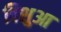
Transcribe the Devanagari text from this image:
विशुआ